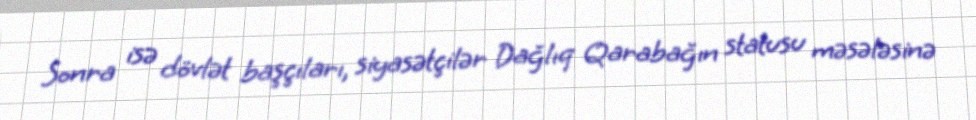
Sonra isə dövlət başçıları, siyasətçilər Dağlıq Qarabağın statusu məsələsinə